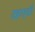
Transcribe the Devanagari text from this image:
दहएवी